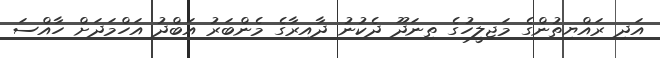
އަދި ރައްޔިތުންގެ މަޖިލީހުގެ ތިނަދޫ ދެކުނު ދާއިރާގެ މެންބަރު އަބްދު އަހްމަދަށް ހާއްސަ